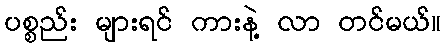
ပစ္စည်း များရင် ကားနဲ့ လာ တင်မယ်။